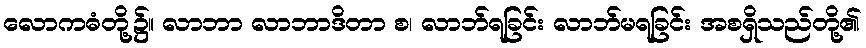
လောကဓံတို့၌။ လာဘာ လာဘာဒိတာ စ၊ လာဘ်ရခြင်း လာဘ်မရခြင်း အစရှိသည်တို့၏